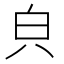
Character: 㒵